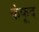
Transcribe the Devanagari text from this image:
फंफूद